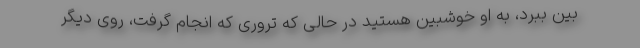
بین ببرد، به او خوشبین هستید در حالی که تروری که انجام گرفت، روی دیگر